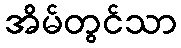
အိမ်တွင်သာ